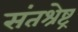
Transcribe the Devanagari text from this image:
संतश्रेष्ट्र